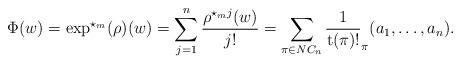
LaTeX: \begin{align*}\Phi(w)=\exp^{\star_m}(\rho)(w) = \sum_{j=1}^n \frac{\rho^{\star_m j}(w)}{j!} = \sum\limits_{\pi \in NC_n} \frac{1}{\mathrm{t}(\pi)!} _{\pi}(a_1, \ldots, a_n).\end{align*}